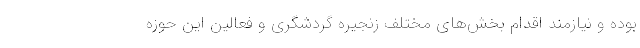
بوده و نیازمند اقدام بخش‌های مختلف زنجیره گردشگری و فعالین این حوزه